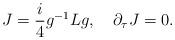
LaTeX: \begin{align*}J=\frac{i}{4}g^{-1}Lg,\quad \partial _{\tau }J=0. \end{align*}